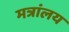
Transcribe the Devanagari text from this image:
मत्रांलय